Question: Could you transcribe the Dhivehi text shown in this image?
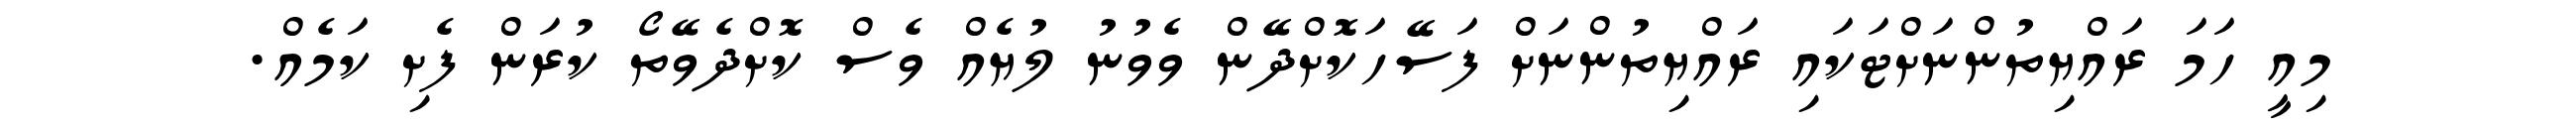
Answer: މިއީ ހަމަ ރައްޔިތުންނަށްޓަކައި ރައްޔިތުންނަށް ފަސޭހަކޮށްދޭން ވެވުނު ލުޔެއް ވެސް ކޮށްދެވޭތޯ ކުރަން ފެށި ކަމެއް.